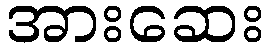
အားဆေး